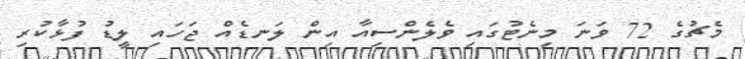
މެޗުގެ 72 ވަނަ މިނެޓުގައި ވެލެންސިއާ އިން ލަނޑެއް ޖަހައި ލީޑު ފުޅާކުރި